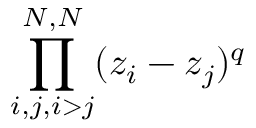
\prod _ { i , j , i > j } ^ { N , N } ( z _ { i } - z _ { j } ) ^ { q }